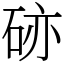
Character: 硛